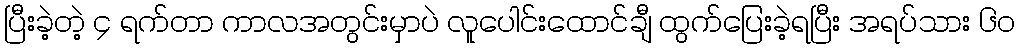
ပြီးခဲ့တဲ့ ၄ ရက်တာ ကာလအတွင်းမှာပဲ လူပေါင်းထောင်ချီ ထွက်ပြေးခဲ့ရပြီး အရပ်သား ၆၀